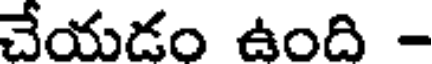
చేయడం ఉంది -